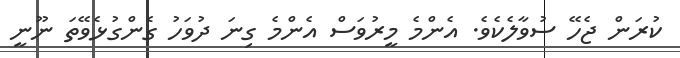
ކުރަން ޖެހޭ ސުވާލެކެވެ. އެންމެ މީރުވަސް އެންމެ ގިނަ ދުވަހު ގެންގުޅެވޭތަ ނޫނީ